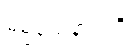
ဓမ္မသေနာပတိ